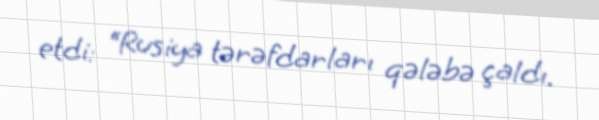
etdi: “Rusiya tərəfdarları qələbə çaldı.